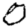
Digit: 0